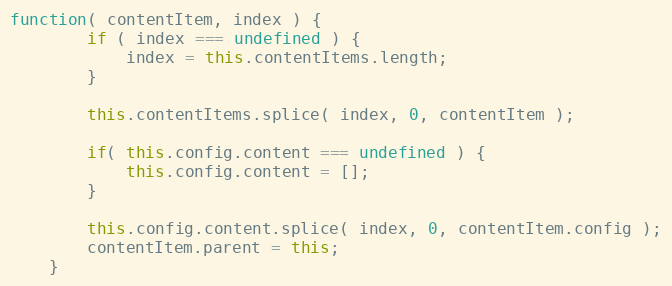
Language: JavaScript
function( contentItem, index ) {
		if ( index === undefined ) {
			index = this.contentItems.length;
		}

		this.contentItems.splice( index, 0, contentItem );

		if( this.config.content === undefined ) {
			this.config.content = [];
		}

		this.config.content.splice( index, 0, contentItem.config );
		contentItem.parent = this;
	}